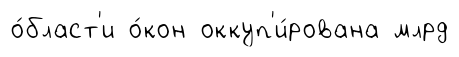
о́бласт'и о́кон оккуп'и́рована млрд